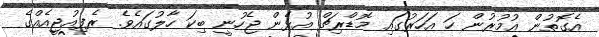
އެގޮތުން އުމުރުން ހަ އަހަރުގައި މޮޑްރިޗް އުޅެން ޖެހުނީ ބިކަ ހާލުގައެވެ. ރެފިއުޖީއެއްގެ